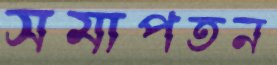
সমাপতন